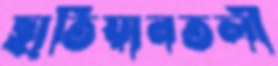
ছাতিয়ানতলী